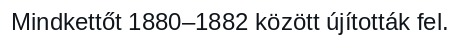
Mindkettőt 1880–1882 között újították fel.